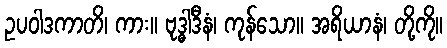
ဥပဝါဒကာတိ၊ ကား။ ဗုဒ္ဓါဒီနံ၊ ကုန်သော။ အရိယာနံ၊ တို့ကို။